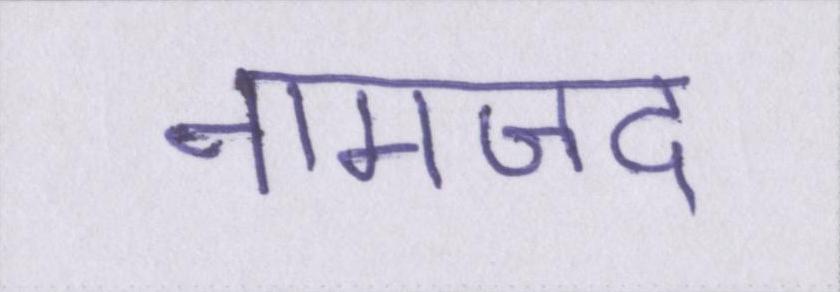
नामजद